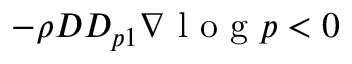
- \rho D D _ { p 1 } \nabla \mathrm { ~ l ~ o ~ g ~ } p < 0